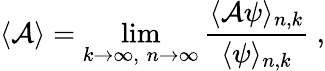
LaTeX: \langle{\cal A}\rangle=\operatorname*{lim}_{k\to\infty,\; n\to\infty}{\frac{\langle{\cal A}\psi\rangle_{n,k}}{\langle\psi\rangle_{n,k}}}\ ,